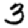
Digit: 3